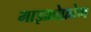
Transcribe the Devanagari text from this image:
माइक्रोफ़ोम